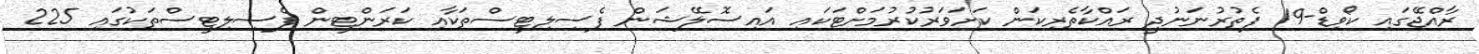
ރާއްޖޭގައި ކޯވިޑް-19 ފެތުރުނަނުދީ ރައްކާތެރިކަން ކަށަވަރުކުރުމަށްޓަކައި އައިސޮލޭޝަން ފެސިލިޓީސްތަކާއި ކަރަންޓީން ފެސިލިޓީސްތަކުގައި 225